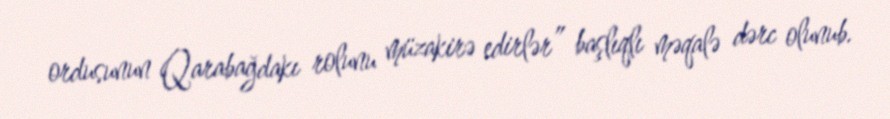
ordusunun Qarabağdakı rolunu müzakirə edirlər” başlıqlı məqalə dərc olunub.